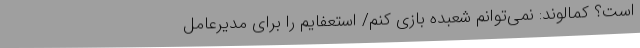
است؟ کمالوند: نمی‌توانم شعبده بازی کنم/ استعفایم را برای مدیرعامل